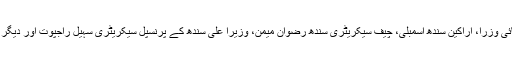
مرحوم کی نمازِ جنازہ ڈیفنس فیز Iکی مسجد میں ادا کی گئی، جس میں صوبائی وزرا، اراکین سندھ اسمبلی، چیف سیکریٹری سندھ رضوان میمن، وزیرا علی سندھ کے پرنسپل سیکریٹری سہیل راجپوت اور دیگر اعلی سینئر افسران سمیت معزز شہریوں کی ایک بڑی تعداد نے شرکت کی۔